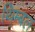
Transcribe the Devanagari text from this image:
थिम्बल